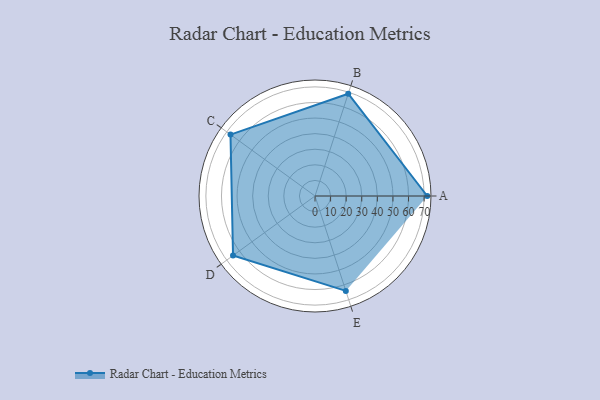
{"axis": {"x": "Skill", "y": "Score"}, "legend": ["Profile"], "data": [{"x": "A", "y": 72.0, "type": "Profile"}, {"x": "B", "y": 69.0, "type": "Profile"}, {"x": "C", "y": 67.0, "type": "Profile"}, {"x": "D", "y": 65.0, "type": "Profile"}, {"x": "E", "y": 64.0, "type": "Profile"}]}